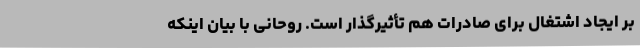
بر ایجاد اشتغال برای صادرات هم تأثیرگذار است. روحانی با بیان اینکه